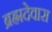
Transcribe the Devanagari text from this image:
ब्रह्मदेवास